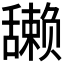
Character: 𫇘